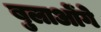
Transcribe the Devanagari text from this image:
बुलाओंगे